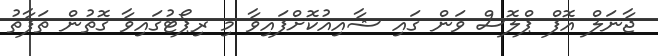
ޖާނަލް އޮފް ޕްލޮސް ވަން ގައި ޝާއިއުކޮށްފައިވާ މި ރިޕޯޓުގައިވާ ގޮތުން ތަފާތު